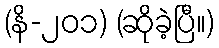
(နိ-၂၀၁) (ဆိုခဲ့ပြီ။)